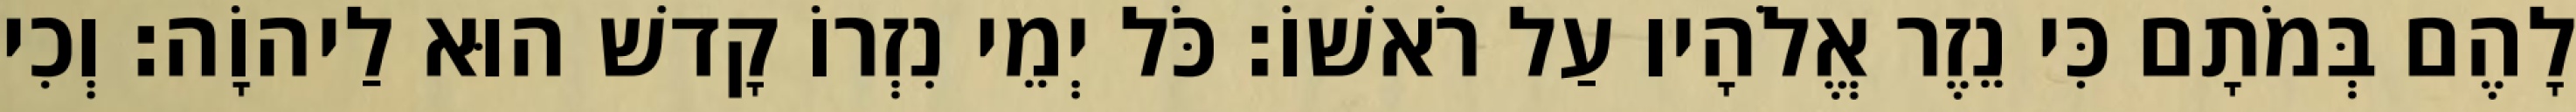
לָהֶם בְּמֹתָם כִּי נֵזֶר אֱלֹהָיו עַל רֹאשׁוֹ׃ כֹּל יְמֵי נִזְרוֹ קָדשׁ הוּא לַיהוָֹה׃ וְכִי